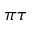
\pi \tau